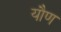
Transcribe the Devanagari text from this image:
यौण